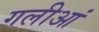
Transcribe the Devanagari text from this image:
गलीआं